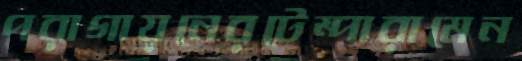
পরাগায়নেরটেম্পারামেন